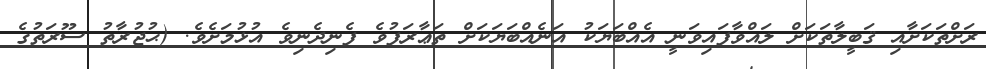
ރަށްތަކަށާއި ޤަބީލާތަކަށް ލައްވާފައިވަނީ އެއްބަޔަކު އަނެއްބަޔަކަށް ތަޢާރަފުވެ ފެނިދެނިވެ އުޅުމަށެވެ. (ޙުޖުރާތު ސޫރަތުގެ